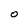
Character: O